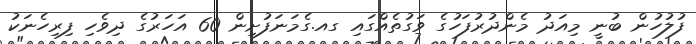
ފުލުހުން ބުނީ މިއަދު މެންދުރުފަހުގެ ވަގުތެއްގައި ގއ.ގެމަނަފުށިން 60 އަހަރުގެ ދިވެހި ފިރިހެނަކު